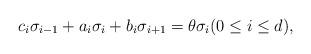
LaTeX: \begin{align*} c_i\sigma_{i-1} +a_i\sigma_i+b_i\sigma_{i+1} = \theta \sigma_i (0 \le i \le d),\end{align*}